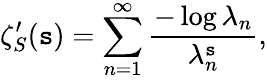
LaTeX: \zeta_{S}^{\prime}(\mathtt{s})=\sum_{n=1}^{\infty}{\frac{{-\log\lambda_{n}}}{{\lambda_{n}^{\mathtt{s}}}}},